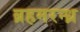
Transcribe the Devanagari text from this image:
ब्रहमरन्ध्र